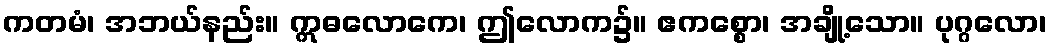
ကတမံ၊ အဘယ်နည်း။ ဣဓလောကေ၊ ဤလောက၌။ ဧကစ္စော၊ အချို့သော။ ပုဂ္ဂလော၊